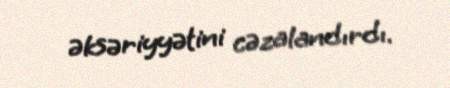
əksəriyyətini cəzalandırdı.